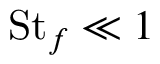
\mathrm { S t } _ { f } \ll 1